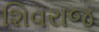
શિવરાજ